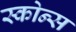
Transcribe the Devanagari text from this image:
स्कोन्स